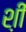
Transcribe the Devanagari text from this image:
श़ी